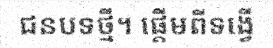
ជនបទថ្មី។ ផ្តើមពីទង្វើ